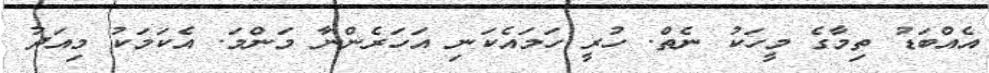
އެއްބަޑު ތިމާގެ މީހަކު ނެތް. ހުރީ ހަމައެކަނި އަހަރެންނާ މަންމަ. އެކަމަކު މިއަދު